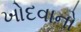
ખોદવાનો